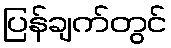
ပြန်ချက်တွင်